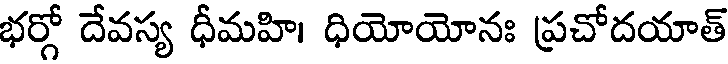
భర్గో దేవస్య ధీమహి। ధియోయోనః ప్రచోదయాత్